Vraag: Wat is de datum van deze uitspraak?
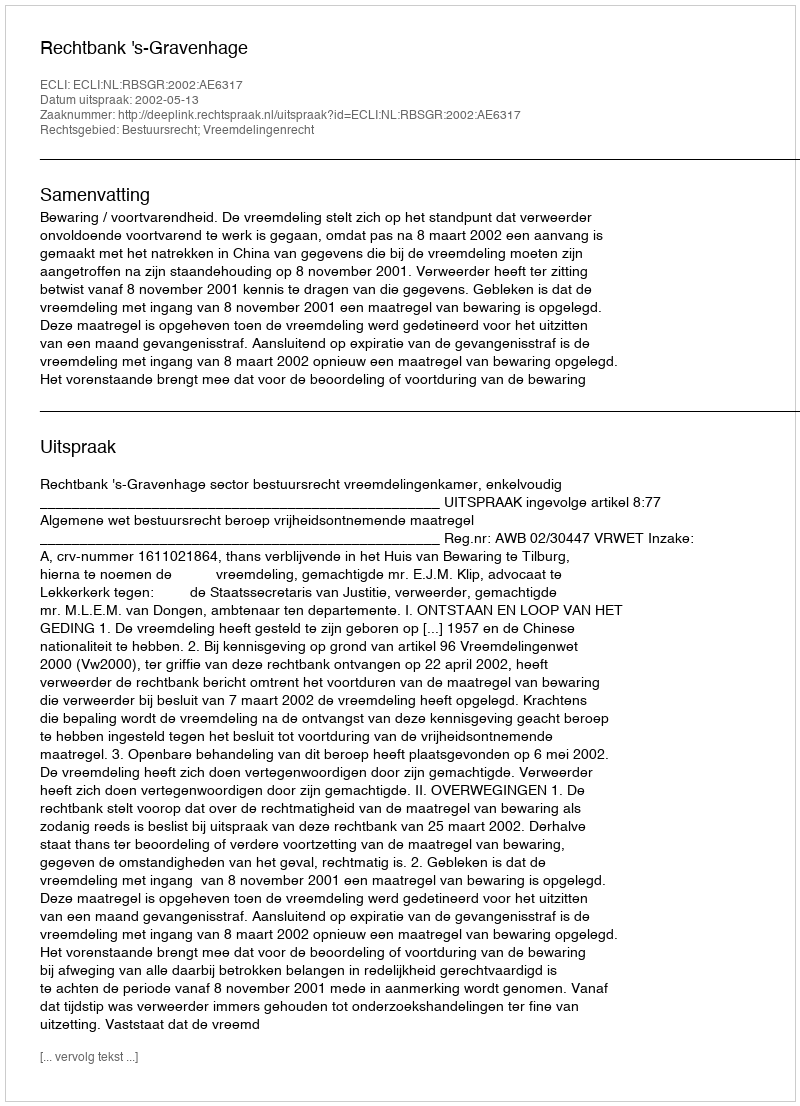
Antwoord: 2002-05-13